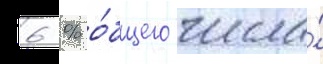
6 % о́бщего числа́